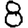
Digit: 8